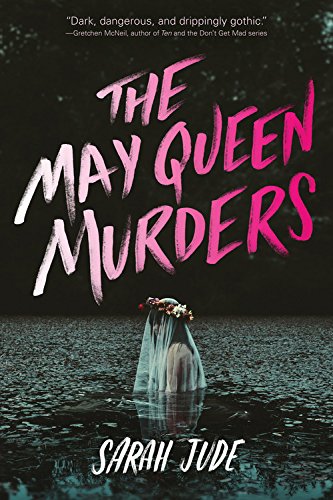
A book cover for The May Queen Murders; Sarah Jude; Teen & Young Adult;